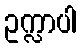
ဥက္လာပါ